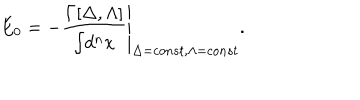
E _ { 0 } = - \left. \frac { \Gamma [ \Delta , \Lambda ] } { \int \! d ^ { n } x } \right| _ { \Delta = c o n s t , \Lambda = c o n s t } .